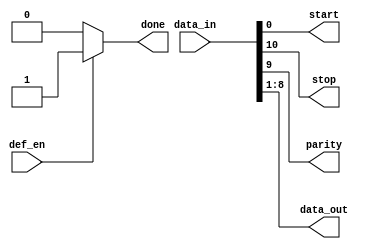
module deframe(def_en,data_in,start,stop,parity,data_out,done);

	input def_en;
	input [10:0] data_in;
	output reg start,stop,parity;
	output reg done;
	output reg [7:0] data_out;


	always@(*)
	begin
		if(def_en)
		begin
			start=data_in[0];
			stop=data_in[10];
			parity=data_in[9];
			data_out=data_in[8:1];
			done=1'b1;
		end
		else
		begin
			start=data_in[0];
			stop=data_in[10];
			parity=data_in[9];
			data_out=data_in[8:1];
			done=1'b0;
		end
	end

endmodule